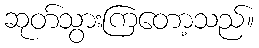
ဆုတ်သွားကြတော့သည်။